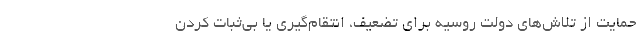
حمایت از تلاش‌های دولت روسیه برای تضعیف، انتقام‌گیری یا بی‌ثبات کردن